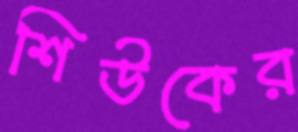
শিউকের